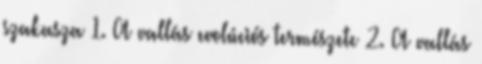
szakasza 1. A vallás evolúciós természete 2. A vallás